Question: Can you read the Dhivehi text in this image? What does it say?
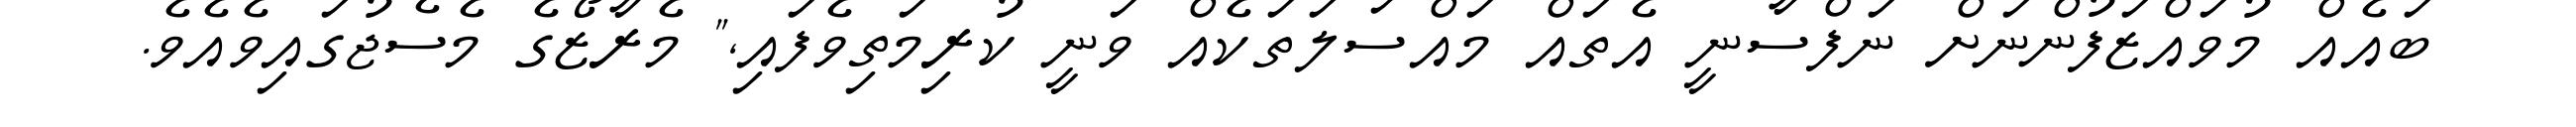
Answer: ބައެއް މުވައްޒަފުންނަށް ނަފްސާނީ އެތައް މައްސަލަތަކެއް ވަނީ ކުރިމަތިވެފައި," މެރާޒޯގެ މެސެޖުގައިވެއެވެ.